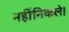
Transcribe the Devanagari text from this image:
नहींनिकले।